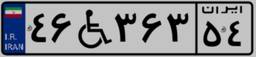
۲۵W۸۰۵۵۵